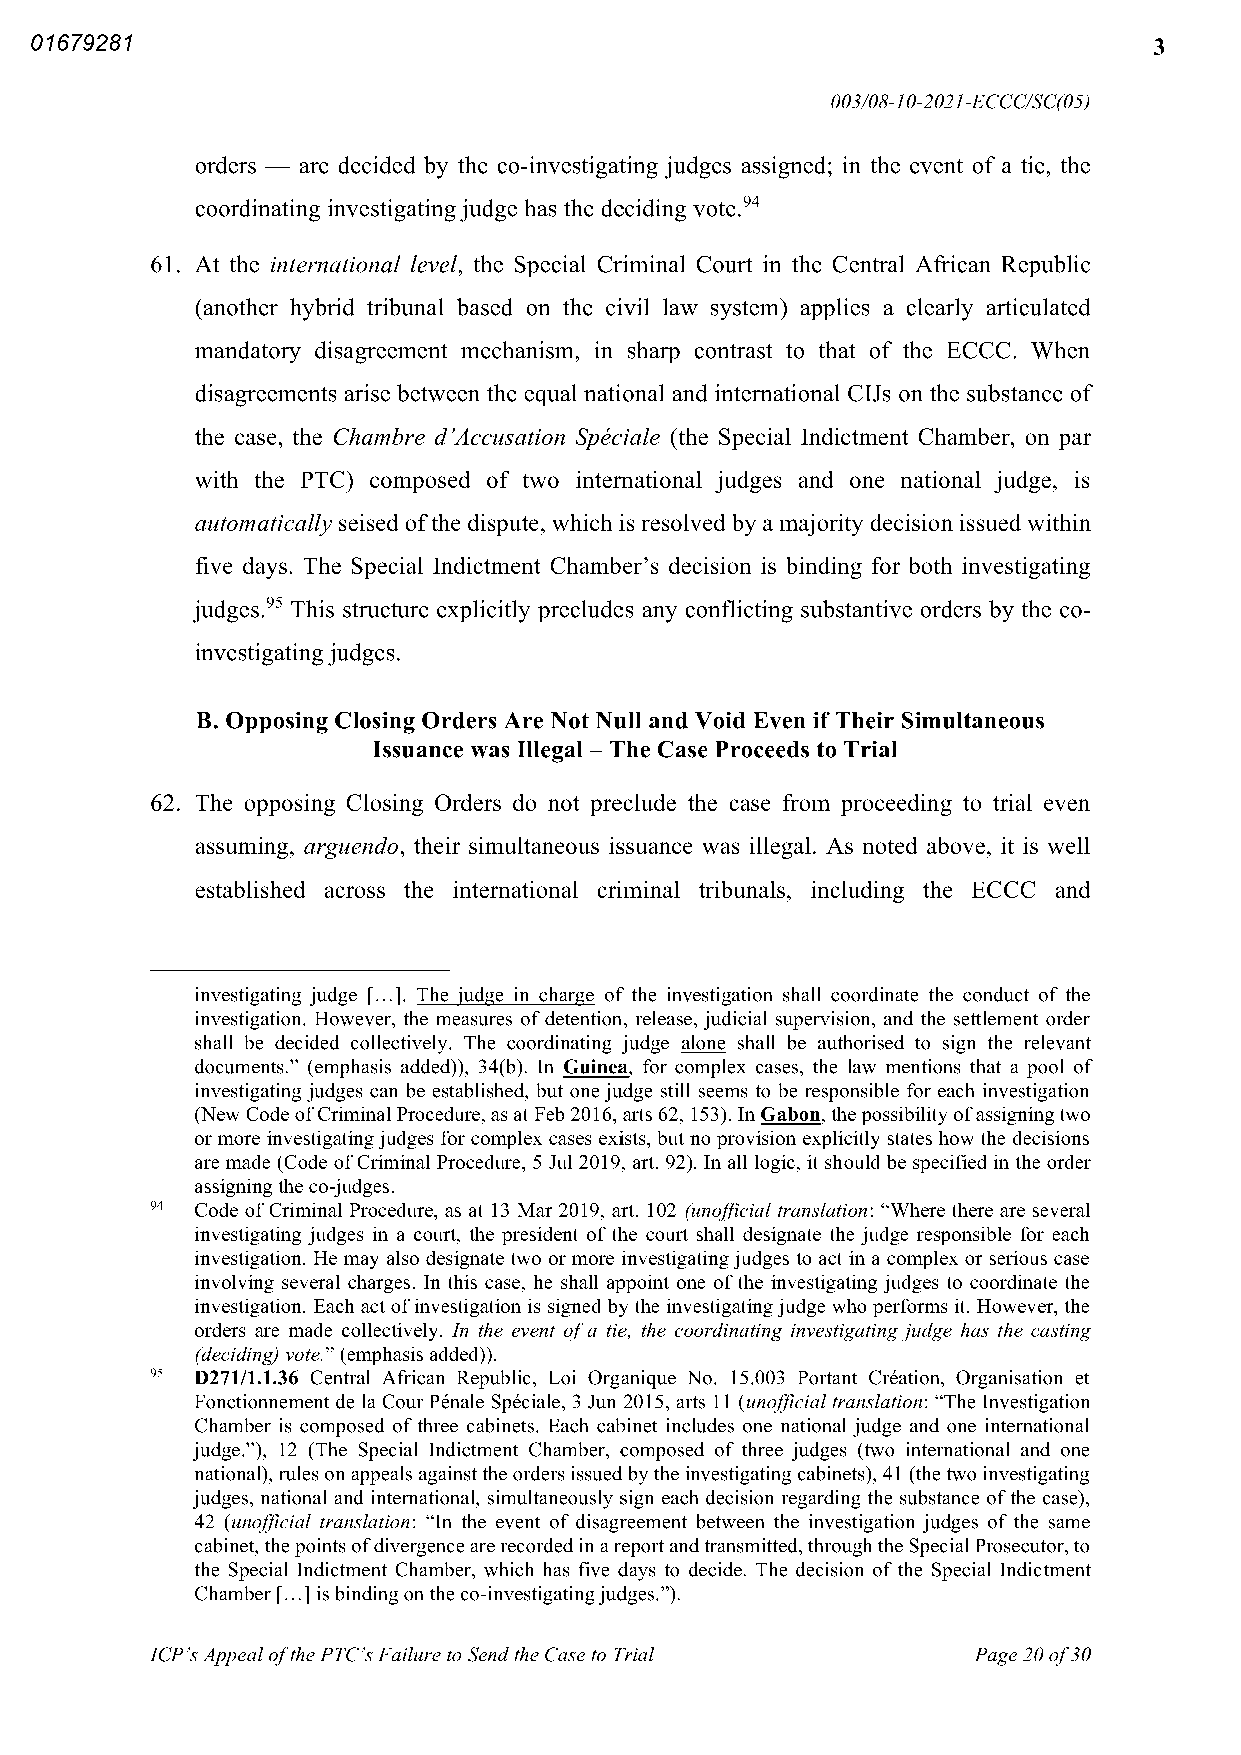
ERN>01679281</ERN>                                                        3
 003 08 10 2021 ECCCSC 05
 orders are decided by the ~~ investigating judges assigned in the event of a tie the
 coordinating investigatingjudge has the deciding vote 94
 61 At the international level the Special Criminal Court in the Central African Republic
 another hybrid tribunal based on the civil law system applies a clearly articulated
 mandatory disagreement mechanism in sharp contrast to that of the ECCC When
 disagreements arise between the equal national and international CIJs on the substance of
 the case the Chambre d‘Accusation Spéciale the Special Indictment Chamber on par
 with the PTC composed of two international judges and one national judge is
 automatically seised ofthe dispute which is resolved by a majority decision issued within
 five days The Special Indictment Chamber’s decision is binding for both investigating
 judges 95 This structure explicitly precludes any conflicting substantive orders by the co-
 investigatingjudges
 B Opposing Closing Orders Are Not Null and Void Even ifTheir Simultaneous
 Issuance was Illegal The Case Proceeds to Trial
 62 The opposing Closing Orders do not preclude the case from proceeding to trial even
 assuming arguendo their simultaneous issuance was illegal As noted above it is well
 established across the international criminal tribunals including the ECCC and
 investigating judge [ ] The judge in charge of the investigation shall coordinate the conduct of the
 investigation However the measures ofdetention release judicial supervision and the settlement order
 shall be decided collectively The coordinating judge alone shall be authorised to sign the relevant
 documents ” emphasis added 34 b In Guinea for complex cases the law mentions that a pool of
 investigatingjudges can be established but onejudge still seems to be responsible for each investigation
 New Code ofCriminal Procedure as at Feb 2016 arts 62 153 In Gabon thepossibilityofassigningtwo
 or more investigatingjudges for complex cases exists but no provision explicitly states how the decisions
 are made Code ofCriminal Procedure 5 Jul 2019 art 92 In all logic it should be specified in the order
 assigning the co judges
 94 Code ofCriminal Procedure as at 13 Mar 2019 art 102 unofficial translation “Where there are several
 investigating judges in a court the president of the court shall designate the judge responsible for each
 investigation He may also designate two or more investigatingjudges to act in a complex or serious case
 involving several charges In this case he shall appoint one ofthe investigating judges to coordinate the
 investigation Each act ofinvestigation is signed by the investigatingjudge who performs it However the
 orders are made collectively In the event ofa tie the coordinating investigatingjudge has the casting
 deciding vote” emphasis added
 95 D271 1 1 36 Central African Republic Loi Organique No 15 003 Portant Création Organisation et
 Fonctionnement de la CourPénale Spéciale 3 Jun 2015 arts 11 unofficial translation “The Investigation
 Chamber is composed ofthree cabinets Each cabinet includes one national judge and one international
 judge ” 12 The Special Indictment Chamber composed of three judges two international and one
 national rules onappeals againstthe orders issuedbythe investigating cabinets 41 the two investigating
 judges national and international simultaneously sign each decision regarding the substance ofthe case
 42 unofficial translation “In the event of disagreement between the investigation judges of the same
 cabinet thepoints ofdivergencearerecordedinareportandtransmitted throughthe Special Prosecutor to
 the Special Indictment Chamber which has five days to decide The decision of the Special Indictment
 Chamber [ ] is bindingon the ~~ investigatingjudges ”
 ICP’sAppealofthePTC’sFailure to Sendthe Case to Trial Page20of30